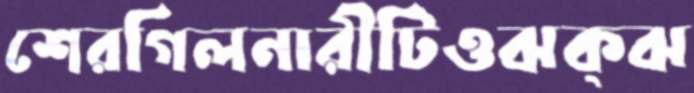
শেরগিলনারীটিওঝক্‌ঝ